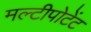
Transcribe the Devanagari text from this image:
मल्टीपोटेंट